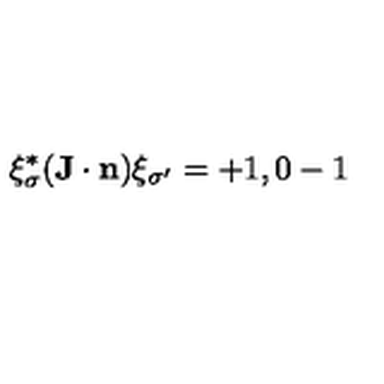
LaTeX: \xi _ { \sigma } ^ { * } ( { \bf J } \cdot { \bf n } ) \xi _ { \sigma ^ { \prime } } = + 1 , 0 - 1